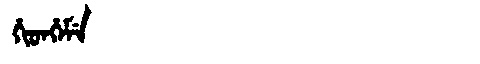
Manchu: ᡥᡳᡨᡥᡝᠮᡝ
Romanization: HITHEME